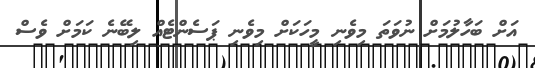
އަށް ބަހާލުމަށް ނުވަތަ މިވެނި މީހަކަށް މިވެނި ޕަސެންޓެއް ލިބޭނެ ކަމަށް ވެސް